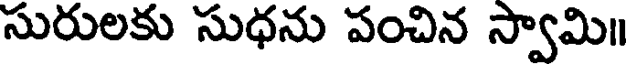
సురులకు సుధను పంచిన స్వామి॥